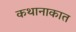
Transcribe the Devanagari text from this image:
कथानाकात